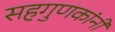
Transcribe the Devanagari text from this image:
सहगुणकांनी